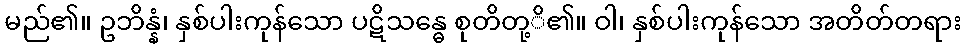
မည်၏။ ဥဘိန္နံ၊ နှစ်ပါးကုန်သော ပဋိသန္ဓေ စုတိတု့ိ၏။ ဝါ၊ နှစ်ပါးကုန်သော အတိတ်တရား